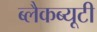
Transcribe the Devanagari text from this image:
ब्लैकब्यूटी